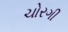
ચોરગી